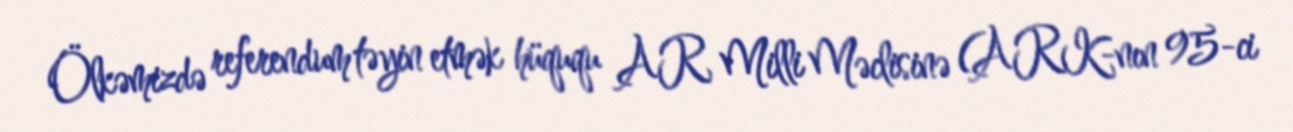
Ölkəmizdə referendum təyin etmək hüququ AR Milli Məclisinə (ARK-nın 95-ci